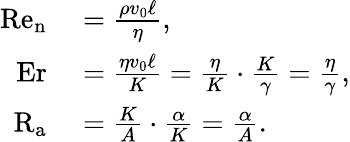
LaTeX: \begin{array}{rl}{\mathrm{Re}_{\mathrm{n}}}&{{}=\frac{\rho v_{0}\ell}{\eta},}\\ {\mathrm{Er}}&{{}=\frac{\eta v_{0}\ell}{K}=\frac{\eta}{K}\cdot\frac{K}{\gamma}=\frac{\eta}{\gamma},}\\ {\mathrm{R}_{\mathrm{a}}}&{{}=\frac{K}{A}\cdot\frac{\alpha}{K}=\frac{\alpha}{A}.}\end{array}